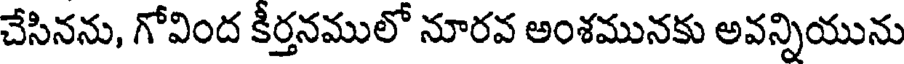
చేసినను, గోవింద కీర్తనములో నూరవ అంశమునకు అవన్నియును